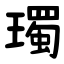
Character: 㻿